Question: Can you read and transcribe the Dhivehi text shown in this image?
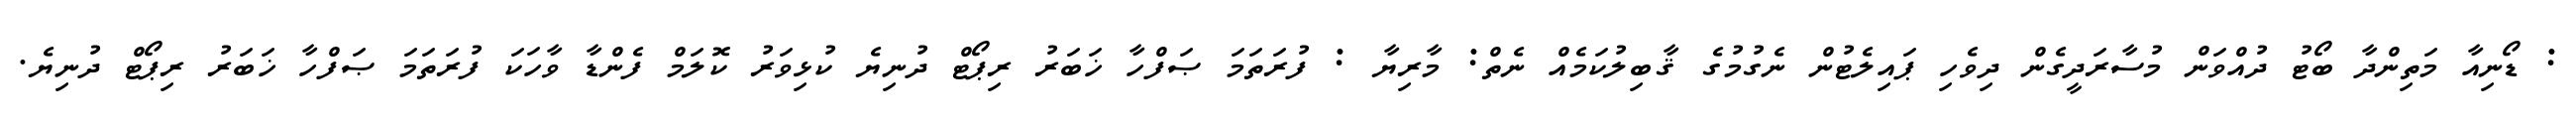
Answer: : ޑޯނިއާ މަތިންދާ ބޯޓު ދުއްވަން މުސާރަދީގެން ދިވެހި ޕައިލެޓުން ނެގުމުގެ ޤާބިލުކަމެއް ނެތް: މާރިޔާ : ފުރަތަމަ ޞަފްހާ ޚަބަރު ރިޕޯޓް ދުނިޔެ ކުޅިވަރު ކޮލަމް ފެންޑާ ވާހަކަ ފުރަތަމަ ޞަފްހާ ޚަބަރު ރިޕޯޓް ދުނިޔެ.